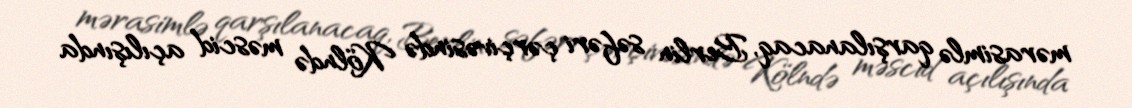
mərasimlə qarşılanacaq, Berlin səfəri çərçivəsində Kölndə məscid açılışında